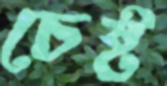
চেষ্ট